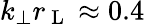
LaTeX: k_{\perp}r_{\mathrm{~L~}}\approx 0.4